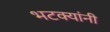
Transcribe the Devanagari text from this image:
भटक्यांनी